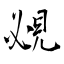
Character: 覕